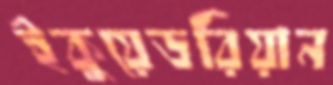
ইকুয়েডরিয়ান